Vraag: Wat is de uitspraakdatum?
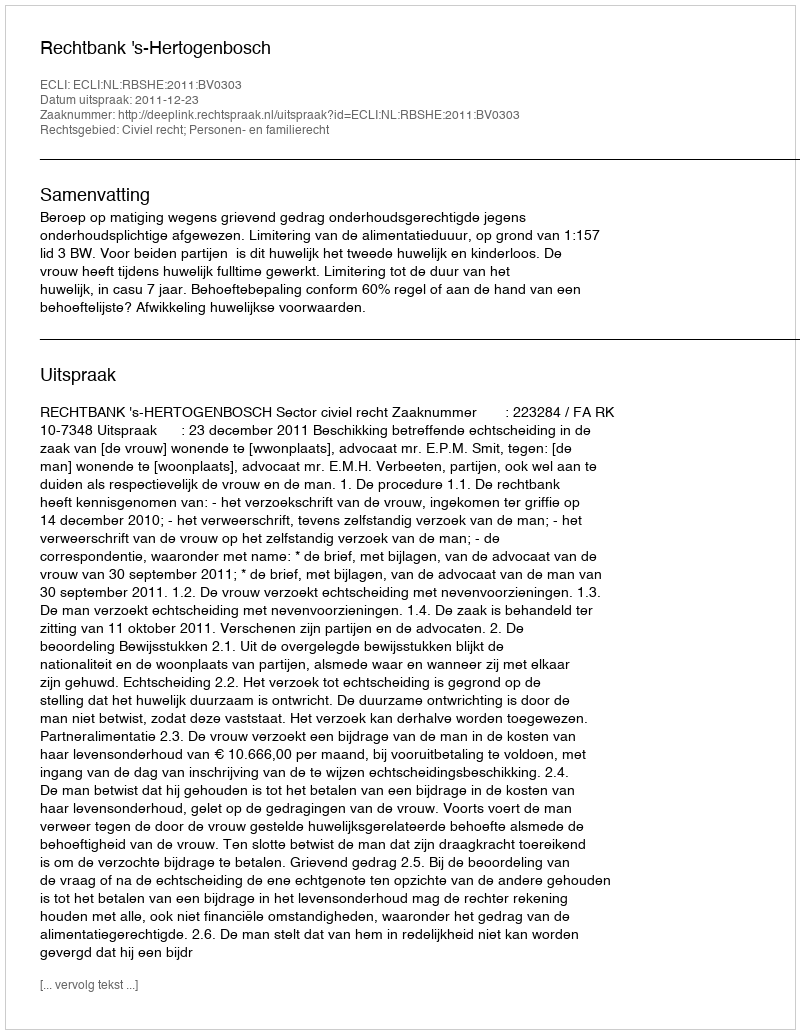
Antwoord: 2011-12-23